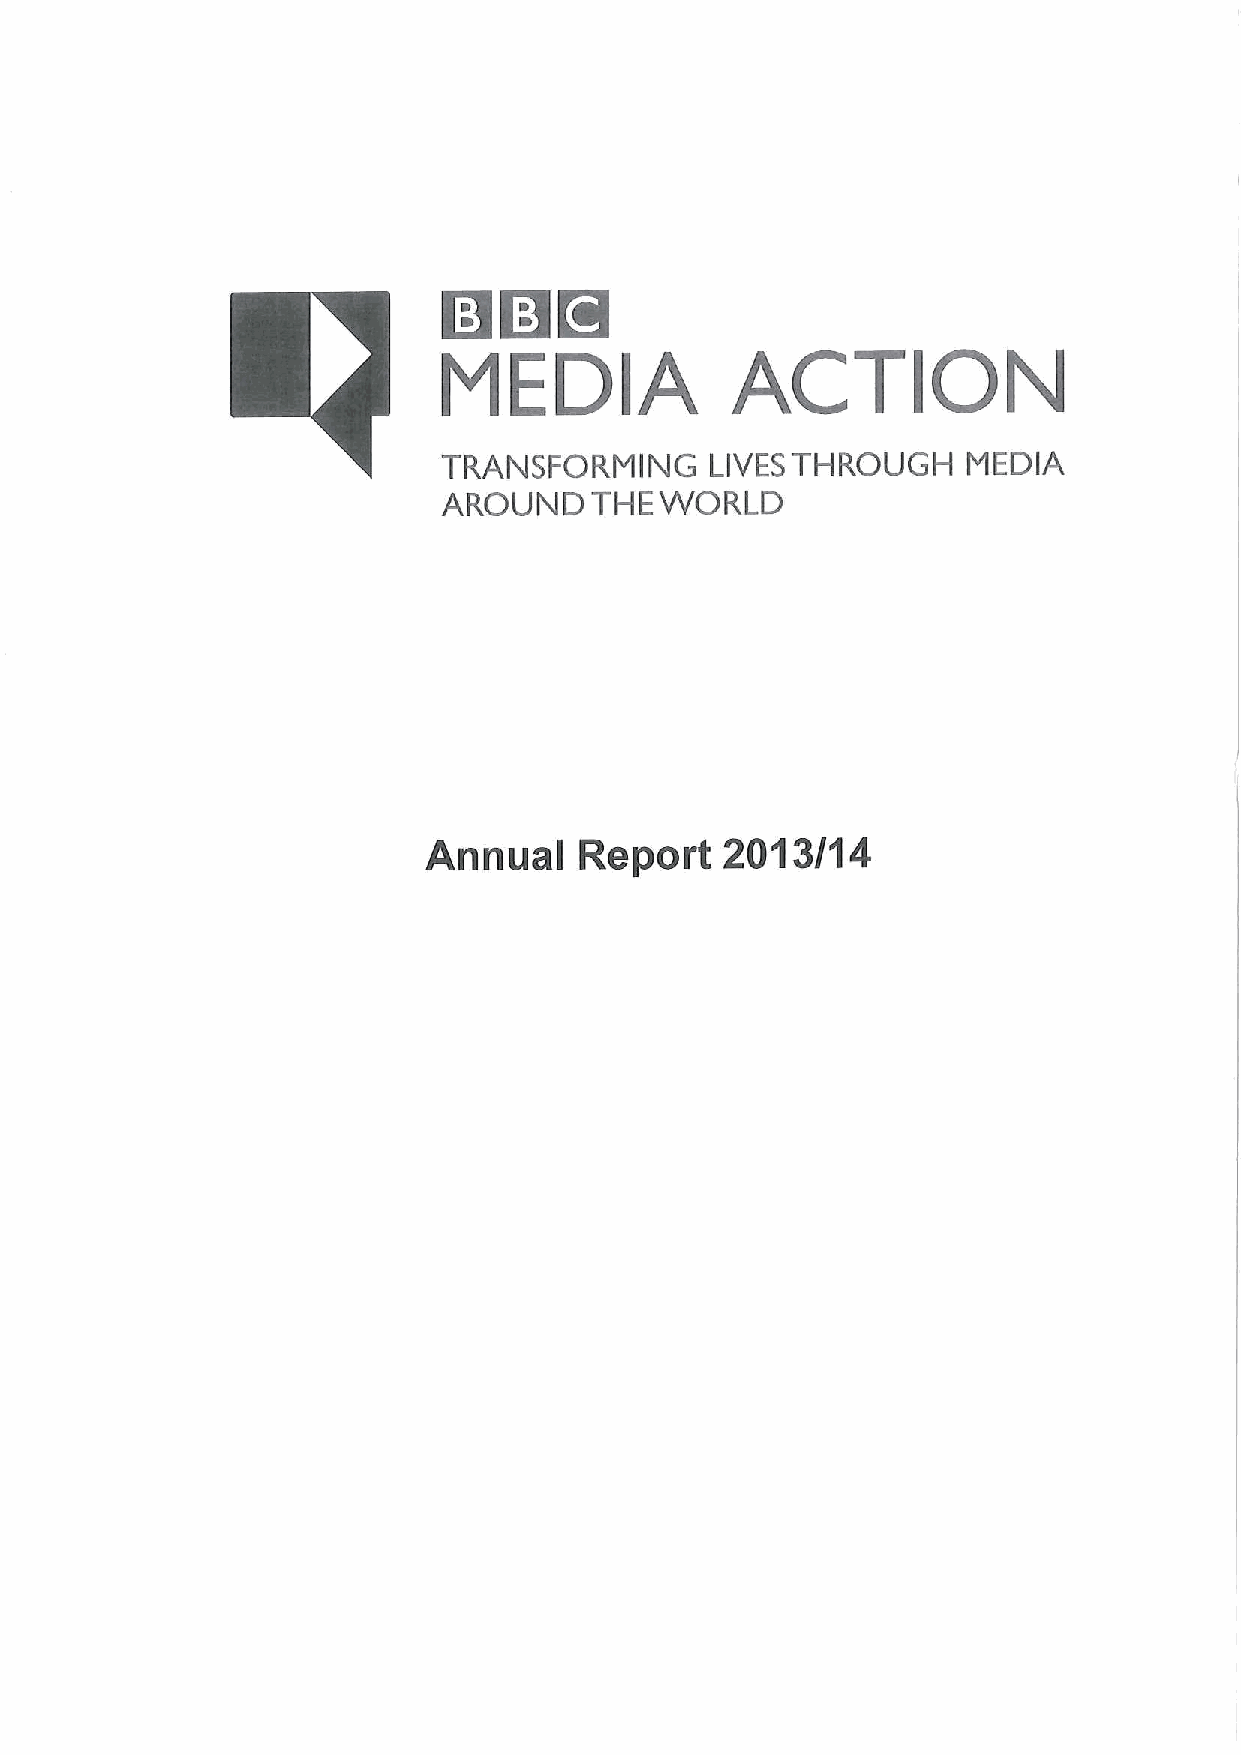
l3IHH
 ACTION
 MEDIA
 TRANSFORMING      LIVESTHROUGH     MEDIA
 AROUND    THE  WORLD
 Annual    Report    2013/14